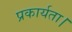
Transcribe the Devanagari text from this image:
प्रकार्यता।